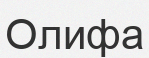
Олифа